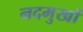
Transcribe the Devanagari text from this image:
नदमुखों